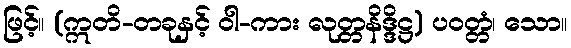
ဖြင့်။ (ဣတိ-တခုနှင့် ဝါ-ကား လုတ္တနိဒ္ဒိဋ္ဌ) ပဝတ္တံ၊ သော။